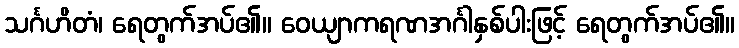
သင်္ဂဟိတံ၊ ရေတွက်အပ်၏။ ဝေယျာကရဏအင်္ဂါနှစ်ပါးဖြင့် ရေတွက်အပ်၏။